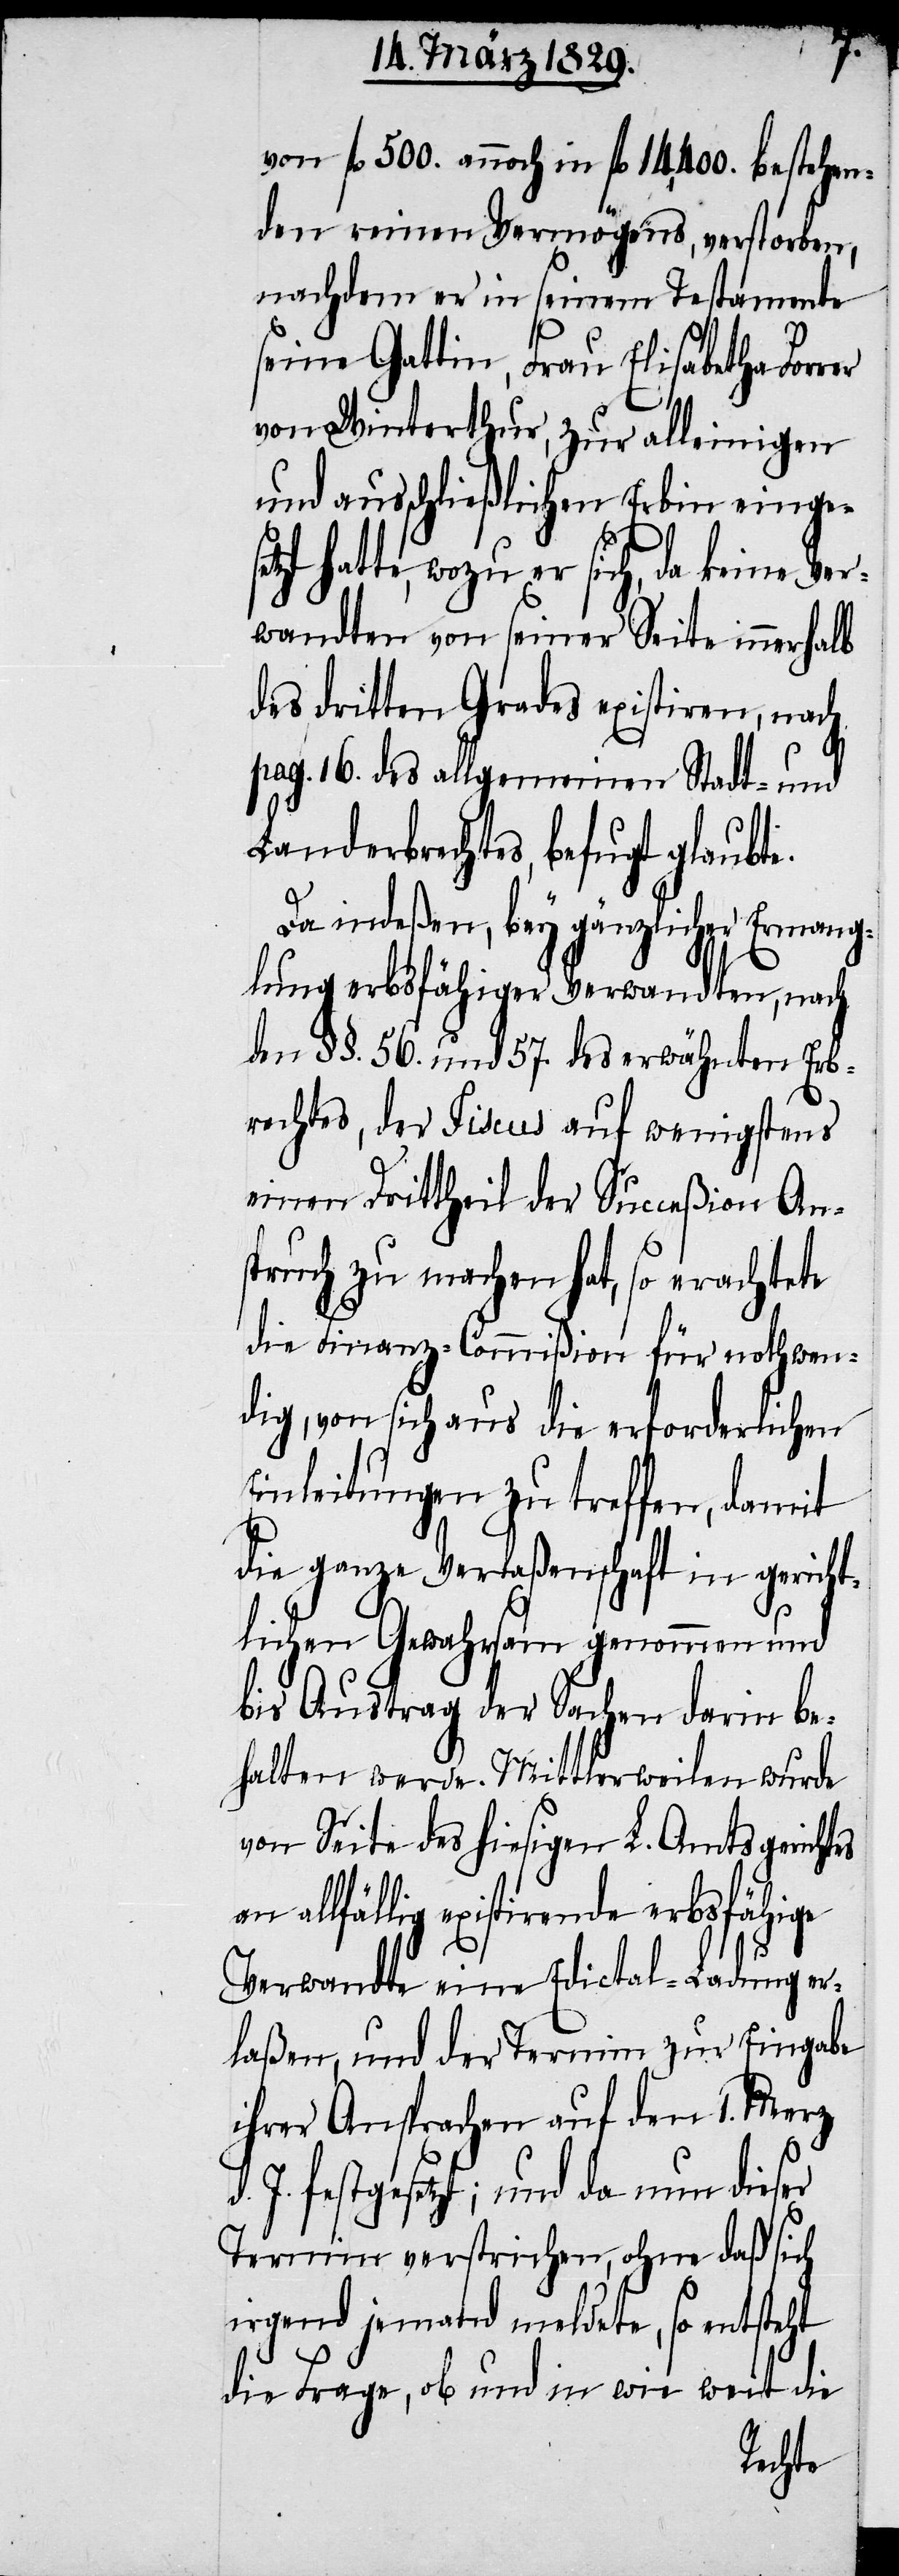
set¬
von fl. 500. annoch in fl. 14,400. bestehen¬
den reinen Vermögens, verstorben,
nachdem er in seinem Testamente
seine Gattin, Frau Elisabetha For¬
von Winterthur, zur alleinigen
und ausschließlichen Erbin einge¬
zt hatte, wozu er sich, da keine Ver¬
wandten von seiner Seite innerhalb
des dritten Grades existiren, nach
pag. 16. des allgemeinen Stadt- und
Landerbrechtes, befugt glaubte.
Da indeßen, bey gänzlicher Ermang¬
lung erbsfähiger Verwandten, nach
den §§. 56. und 57. des erwähnten Erb¬
rechtes, der Fiscus auf wenigstens
einen Drittheil der Succeßion An¬
spruch zu machen hat, so erachtete
die Finanz-Commißion für nothwen¬
ig, von sich aus die erforderlichen
Einleitungen zu treffen, damit
die ganze Verlaßenschaft in gericht¬
lichen Gewahrsam genommen und
bis Austrag der Sachen darin be¬
halten werde. Mittlerweilen wurde
von Seite des hiesigen L. Amtsgerichtes
an allfällig existirende erbsfähige
Verwandte eine Edictal-Ladung er¬
laßen, und der Termin zur Eingabe
ihrer Ansprachen auf den 1. Merz
J. festgesetzt; und da nun dieser
Termin verstrichen, ohne daß sich
irgend jemand meldete, so entsteht
die Frage, ob und in wie weit die